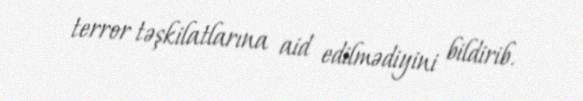
terror təşkilatlarına aid edilmədiyini bildirib.